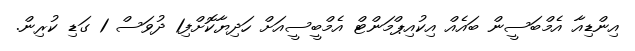
އިންޑިއާ އެމްބަސީން ބައެއް އިކުއިޕްމަންޓް އެމްބީސީއަށް ހަދިޔާކޮށްފި1 ދުވަސް 1 ގަޑި ކުރިން.